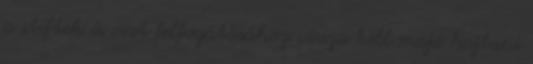
a stiftek és csat felfogatásához vissza kell majd hajtani